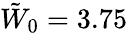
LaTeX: \tilde{W}_{0}=3.75